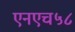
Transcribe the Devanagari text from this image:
एनएच५८